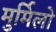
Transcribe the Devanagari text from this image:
मुर्मिलो